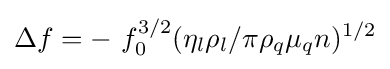
\Delta f={-\ f_{0}^{3/2}(\eta _{l}\rho _{l}/\pi \rho _{q}\mu _{q}n)^{1/2}}